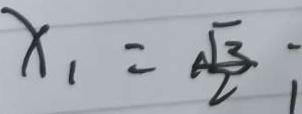
x _ { 1 } = \frac { \sqrt { 3 } } { 2 }